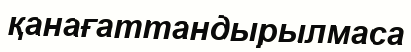
қанағаттандырылмаса